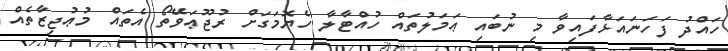
ހައްދު ފަހަނައަޅާފައިވާ މި ނުބައި ޢަމަލުތައް ހުއްޓާލާ ހެޔޮމަގަށް ރުޖޫޢަވޭތޯ އެތައް މުޢުޖިޒާތެއް